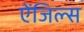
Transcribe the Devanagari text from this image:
ऐंजिल्स